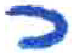
אות: כ